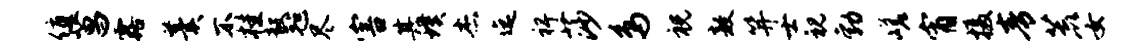
值菖露羹不桂毅毡尽害其璞杰迄裨莎鸟祝敖笄士视勃嵯宵摄青荒女